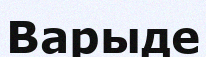
Варыде